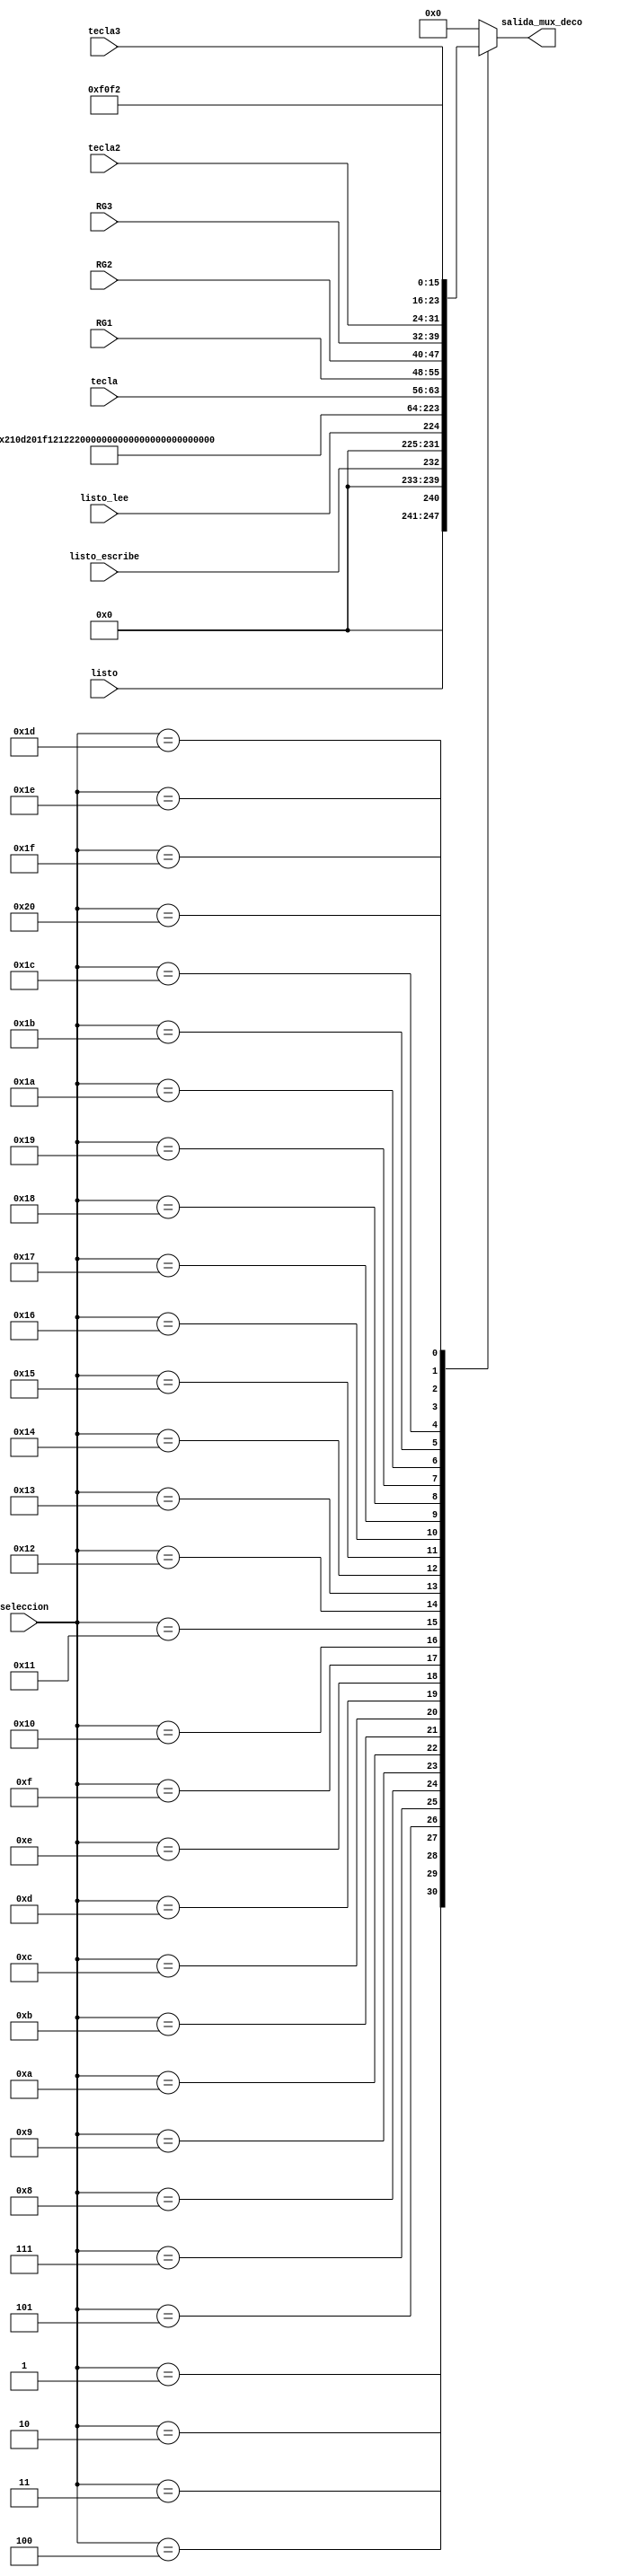
module MUX_DECO(
input wire [7:0]seleccion,
input wire [7:0]tecla,
input wire [7:0] tecla2,
input wire [7:0] tecla3,
input wire [7:0]RG1,
input wire [7:0]RG2,
input wire [7:0]RG3,
input wire listo,
input wire listo_lee,
input wire listo_escribe,
output reg [7:0]salida_mux_deco
    );

   always @(seleccion, listo, listo_lee,listo_escribe)
      case (seleccion)
         8'b00000000: salida_mux_deco = 8'h00;
         8'b00000001: salida_mux_deco = {7'b0000000,listo};
         8'b00000010: salida_mux_deco = {7'b0000000,listo_escribe};
         8'b00000011: salida_mux_deco = {7'b0000000,listo_lee};
         8'b00000100: salida_mux_deco = 8'h02;
         8'b00000101: salida_mux_deco = 8'h10;
         8'b00000110: salida_mux_deco = 8'h00;
         8'b00000111: salida_mux_deco = 8'hd2;
			8'b00001000: salida_mux_deco = 8'h01;
         8'b00001001: salida_mux_deco = 8'hf1;
         8'b00001010: salida_mux_deco = 8'h21;
			8'b00001011: salida_mux_deco = 8'h22;
         8'b00001100: salida_mux_deco = 8'h23;
         8'b00001101: salida_mux_deco = 8'h24;
         8'b00001110: salida_mux_deco = 8'h25;
			8'b00001111: salida_mux_deco = 8'h26;
         8'b00010000: salida_mux_deco = 8'h41;
         8'b00010001: salida_mux_deco = 8'h42;
			8'b00010010: salida_mux_deco = 8'h43;
		   8'b00010011: salida_mux_deco = 8'h03;
			8'b00010100: salida_mux_deco = 8'h04;
         8'b00010101: salida_mux_deco = 8'h05;
         8'b00010110: salida_mux_deco = 8'h06;
         8'b00010111: salida_mux_deco = 8'h07;
			8'b00011000: salida_mux_deco = 8'h08;
         8'b00011001: salida_mux_deco = tecla; //tecla
         8'b00011010: salida_mux_deco = RG1; //RG1
			8'b00011011: salida_mux_deco = RG2; //RG2
			8'b00011100: salida_mux_deco = RG3; //RG3
			8'b00011101: salida_mux_deco = tecla2;
         8'b00011110: salida_mux_deco = tecla3;
         8'b00011111: salida_mux_deco = 8'hf0;
         8'b00100000: salida_mux_deco = 8'hf2;
			//8'b00100001: salida_mux_deco = 8'h08;
			
			default: salida_mux_deco = 8'h00;
      endcase
		
	
endmodule